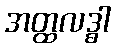
အတ္ထလဒ္ဓါ